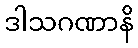
ဒါသဂဏာနိ